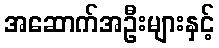
အဆောက်အဦးများနှင့်